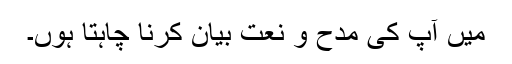
میں آپ کی مدح و نعت بیان کرنا چاہتا ہوں۔